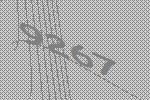
9267